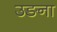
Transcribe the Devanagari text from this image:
उङना